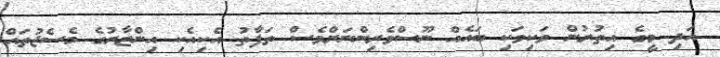
އަދި މީގެ އިތުރުން ވަކިވަކި ބައެއް ނޫސްވެރިންނަށްވެސް ތަފާތު އެކިއެކި އިންޒާރުގެ މެސެޖުތައް